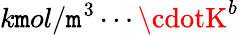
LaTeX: k\mathtt{m}ol/\mathtt{m}^{3}\cdots\cdotK^{b}